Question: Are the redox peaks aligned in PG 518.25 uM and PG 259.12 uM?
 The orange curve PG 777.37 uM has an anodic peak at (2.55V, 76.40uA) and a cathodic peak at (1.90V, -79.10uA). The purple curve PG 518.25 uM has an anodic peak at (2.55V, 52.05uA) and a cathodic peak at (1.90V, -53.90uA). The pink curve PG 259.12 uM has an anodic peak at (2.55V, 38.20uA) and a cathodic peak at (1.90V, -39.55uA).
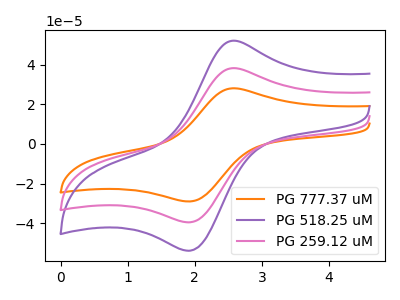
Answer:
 <answer>Yes, "PG 518.25 uM" have a peak in "PG 259.12 uM" at the same potential.</answer>
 <eval>match</eval>